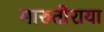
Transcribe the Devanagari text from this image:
मारुतीराया